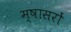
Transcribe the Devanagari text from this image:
म्षासरों